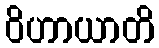
ဝိဟာယာတိ